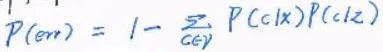
$P(err)=1 - \sum_{c \in \mathcal{Y}} P(c|x)P(c|z)$